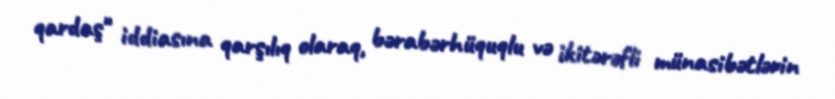
qardaş" iddiasına qarşılıq olaraq, bərabərhüquqlu və ikitərəfli münasibətlərin